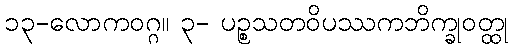
၁၃-လောကဝဂ္ဂ။ ၃- ပဉ္စသတဝိပဿကဘိက္ခုဝတ္ထု